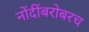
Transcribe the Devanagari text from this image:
नोंदींबरोबरच